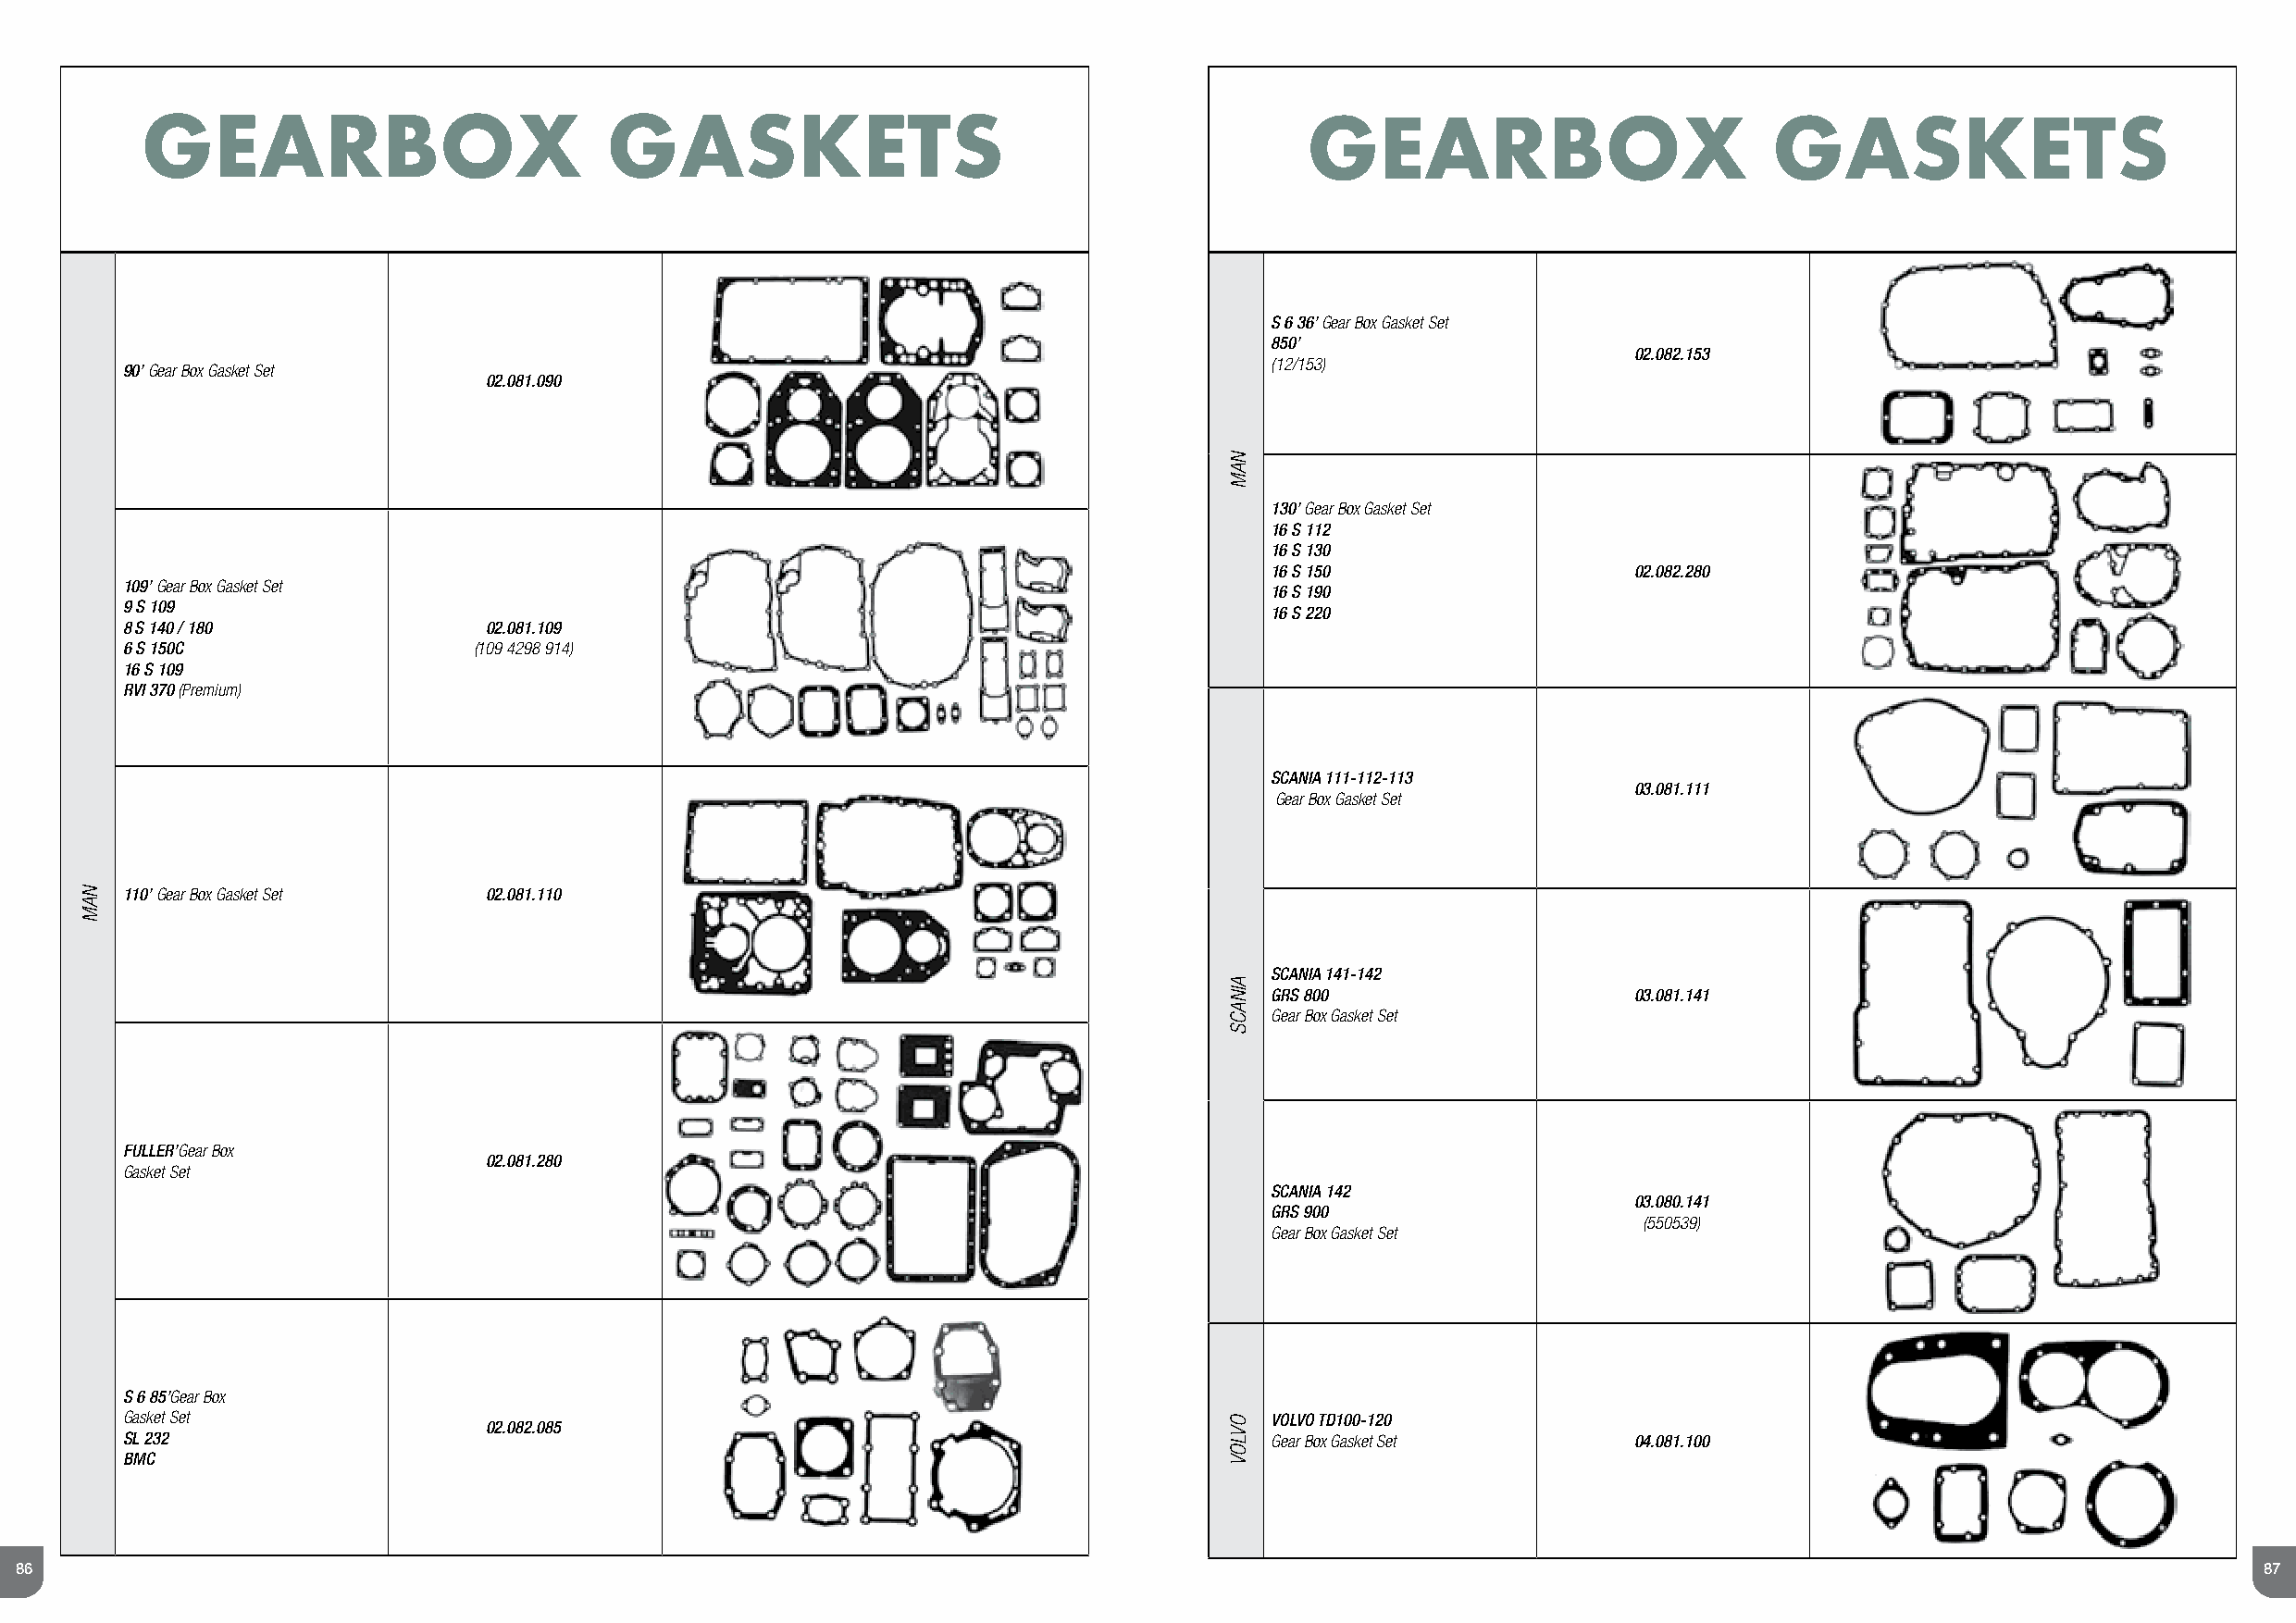
G    GE EA ARRBOX                GASKETS                                           GGEEAARRBOX                       GASKETS
 BOX                                                                               BOX
 GASKET                                                                            GASKET
 S 6 36’ Gear Box Gasket Set
 850’
 02.082.153
 (12/153)
 90’ Gear Box Gasket Set
 02.081.090
 130’ Gear Box Gasket Set
 16 S 112
 16 S 130
 16 S 150                  02.082.280
 109’ Gear Box Gasket Set
 16 S 190
 9 S 109
 16 S 220
 8 S 140 / 180             02.081.109
 6 S 150C                 (109 4298 914)
 16 S 109
 RVI 370 (Premium)
 SCANIA 111-112-113
 03.081.111
 Gear Box Gasket Set
 110’ Gear Box Gasket Set  02.081.110
 SCANIA 141-142
 GRS 800                   03.081.141
 Gear Box Gasket Set
 FULLER’Gear Box
 02.081.280
 Gasket Set
 SCANIA 142
 03.080.141
 GRS 900
 (550539)
 Gear Box Gasket Set
 S 6 85’Gear Box
 Gasket Set                                                                        VOLVO TD100-120 02.082.085
 SL 232                                                                            Gear Box Gasket Set       04.081.100
 BMC
 86                                                                                                                                                               87
 NAM
 NAM
 AINACS
 OVLOV